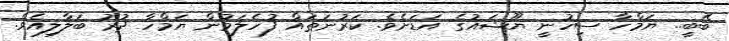
ބޭބީ.. ޔަމްހާ ސިހުނީ ޔޫޝައުގެ އަޑަށެވެ. ކަރުނަތައް ފުހެލަމުން ޔަމްހާ ދުރު ބަލާލިއެވެ.